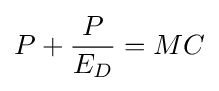
P+{\frac {P}{E_{D}}}=MC